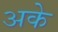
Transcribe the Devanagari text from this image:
अके